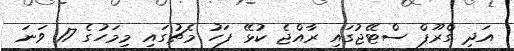
އަދި ގްރޫޕް ސްޓޭޖުގައި ރާއްޖެ ކުޅޭ ފަހު މެޗުގައި މިމަހުގެ 17 ވަނަ